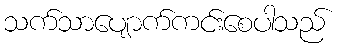
သက်သာပျောက်ကင်းစေပါသည်